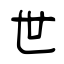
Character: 世